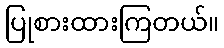
ပြုစားထားကြတယ်။